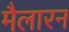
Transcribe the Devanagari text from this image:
मैलारन